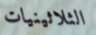
الثلاثينيات